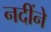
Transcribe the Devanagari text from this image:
नदींने